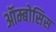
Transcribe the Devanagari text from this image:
ऑम्बोसिस